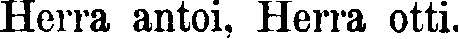
Herra antoi, Herra otti.